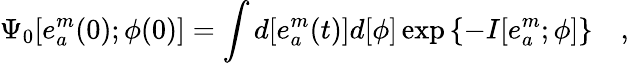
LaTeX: \Psi_{0}[e_{a}^{m}(0);\phi(0)]=\int d[e_{a}^{m}(t)]d[\phi]\exp\left\{ -I[e_{a}^{m};\phi]\right\} \quad,